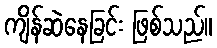
ကျိန်ဆဲနေခြင်း ဖြစ်သည်။